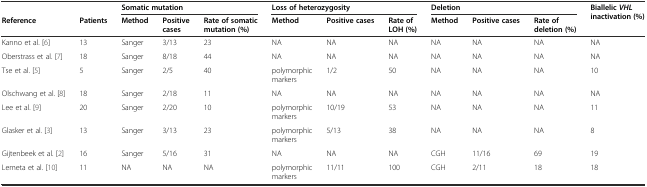
<table><thead><tr><td></td><td></td><td colspan="3"><b>Somatic mutation</b></td><td colspan="3"><b>Loss of heterozygosity</b></td><td colspan="3"><b>Deletion</b></td><td rowspan="2"><b>Biallelic<i>VHL</i>inactivation (%)</b></td></tr><tr><td><b>Reference</b></td><td><b>Patients</b></td><td><b>Method</b></td><td><b>Positive cases</b></td><td><b>Rate of somatic mutation (%)</b></td><td><b>Method</b></td><td><b>Positive cases</b></td><td><b>Rate of LOH (%)</b></td><td><b>Method</b></td><td><b>Positive cases</b></td><td><b>Rate of deletion (%)</b></td></tr></thead><tbody><tr><td>Kanno et al. [6]</td><td>13</td><td>Sanger</td><td>3/13</td><td>23</td><td>NA</td><td>NA</td><td>NA</td><td>NA</td><td>NA</td><td>NA</td><td>NA</td></tr><tr><td>Oberstrass et al. [7]</td><td>18</td><td>Sanger</td><td>8/18</td><td>44</td><td>NA</td><td>NA</td><td>NA</td><td>NA</td><td>NA</td><td>NA</td><td>NA</td></tr><tr><td>Tse et al. [5]</td><td>5</td><td>Sanger</td><td>2/5</td><td>40</td><td>polymorphic markers</td><td>1/2</td><td>50</td><td>NA</td><td>NA</td><td>NA</td><td>10</td></tr><tr><td>Olschwang et al. [8]</td><td>18</td><td>Sanger</td><td>2/18</td><td>11</td><td>NA</td><td>NA</td><td>NA</td><td>NA</td><td>NA</td><td>NA</td><td>NA</td></tr><tr><td>Lee et al. [9]</td><td>20</td><td>Sanger</td><td>2/20</td><td>10</td><td>polymorphic markers</td><td>10/19</td><td>53</td><td>NA</td><td>NA</td><td>NA</td><td>11</td></tr><tr><td>Glasker et al. [3]</td><td>13</td><td>Sanger</td><td>3/13</td><td>23</td><td>polymorphic markers</td><td>5/13</td><td>38</td><td>NA</td><td>NA</td><td>NA</td><td>8</td></tr><tr><td>Gijtenbeek et al. [2]</td><td>16</td><td>Sanger</td><td>5/16</td><td>31</td><td>NA</td><td>NA</td><td>NA</td><td>CGH</td><td>11/16</td><td>69</td><td>19</td></tr><tr><td>Lemeta et al. [10]</td><td>11</td><td>NA</td><td>NA</td><td>NA</td><td>polymorphic markers</td><td>11/11</td><td>100</td><td>CGH</td><td>2/11</td><td>18</td><td>18</td></tr></tbody></table>